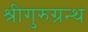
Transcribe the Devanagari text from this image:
श्रीगुरुग्रन्थ